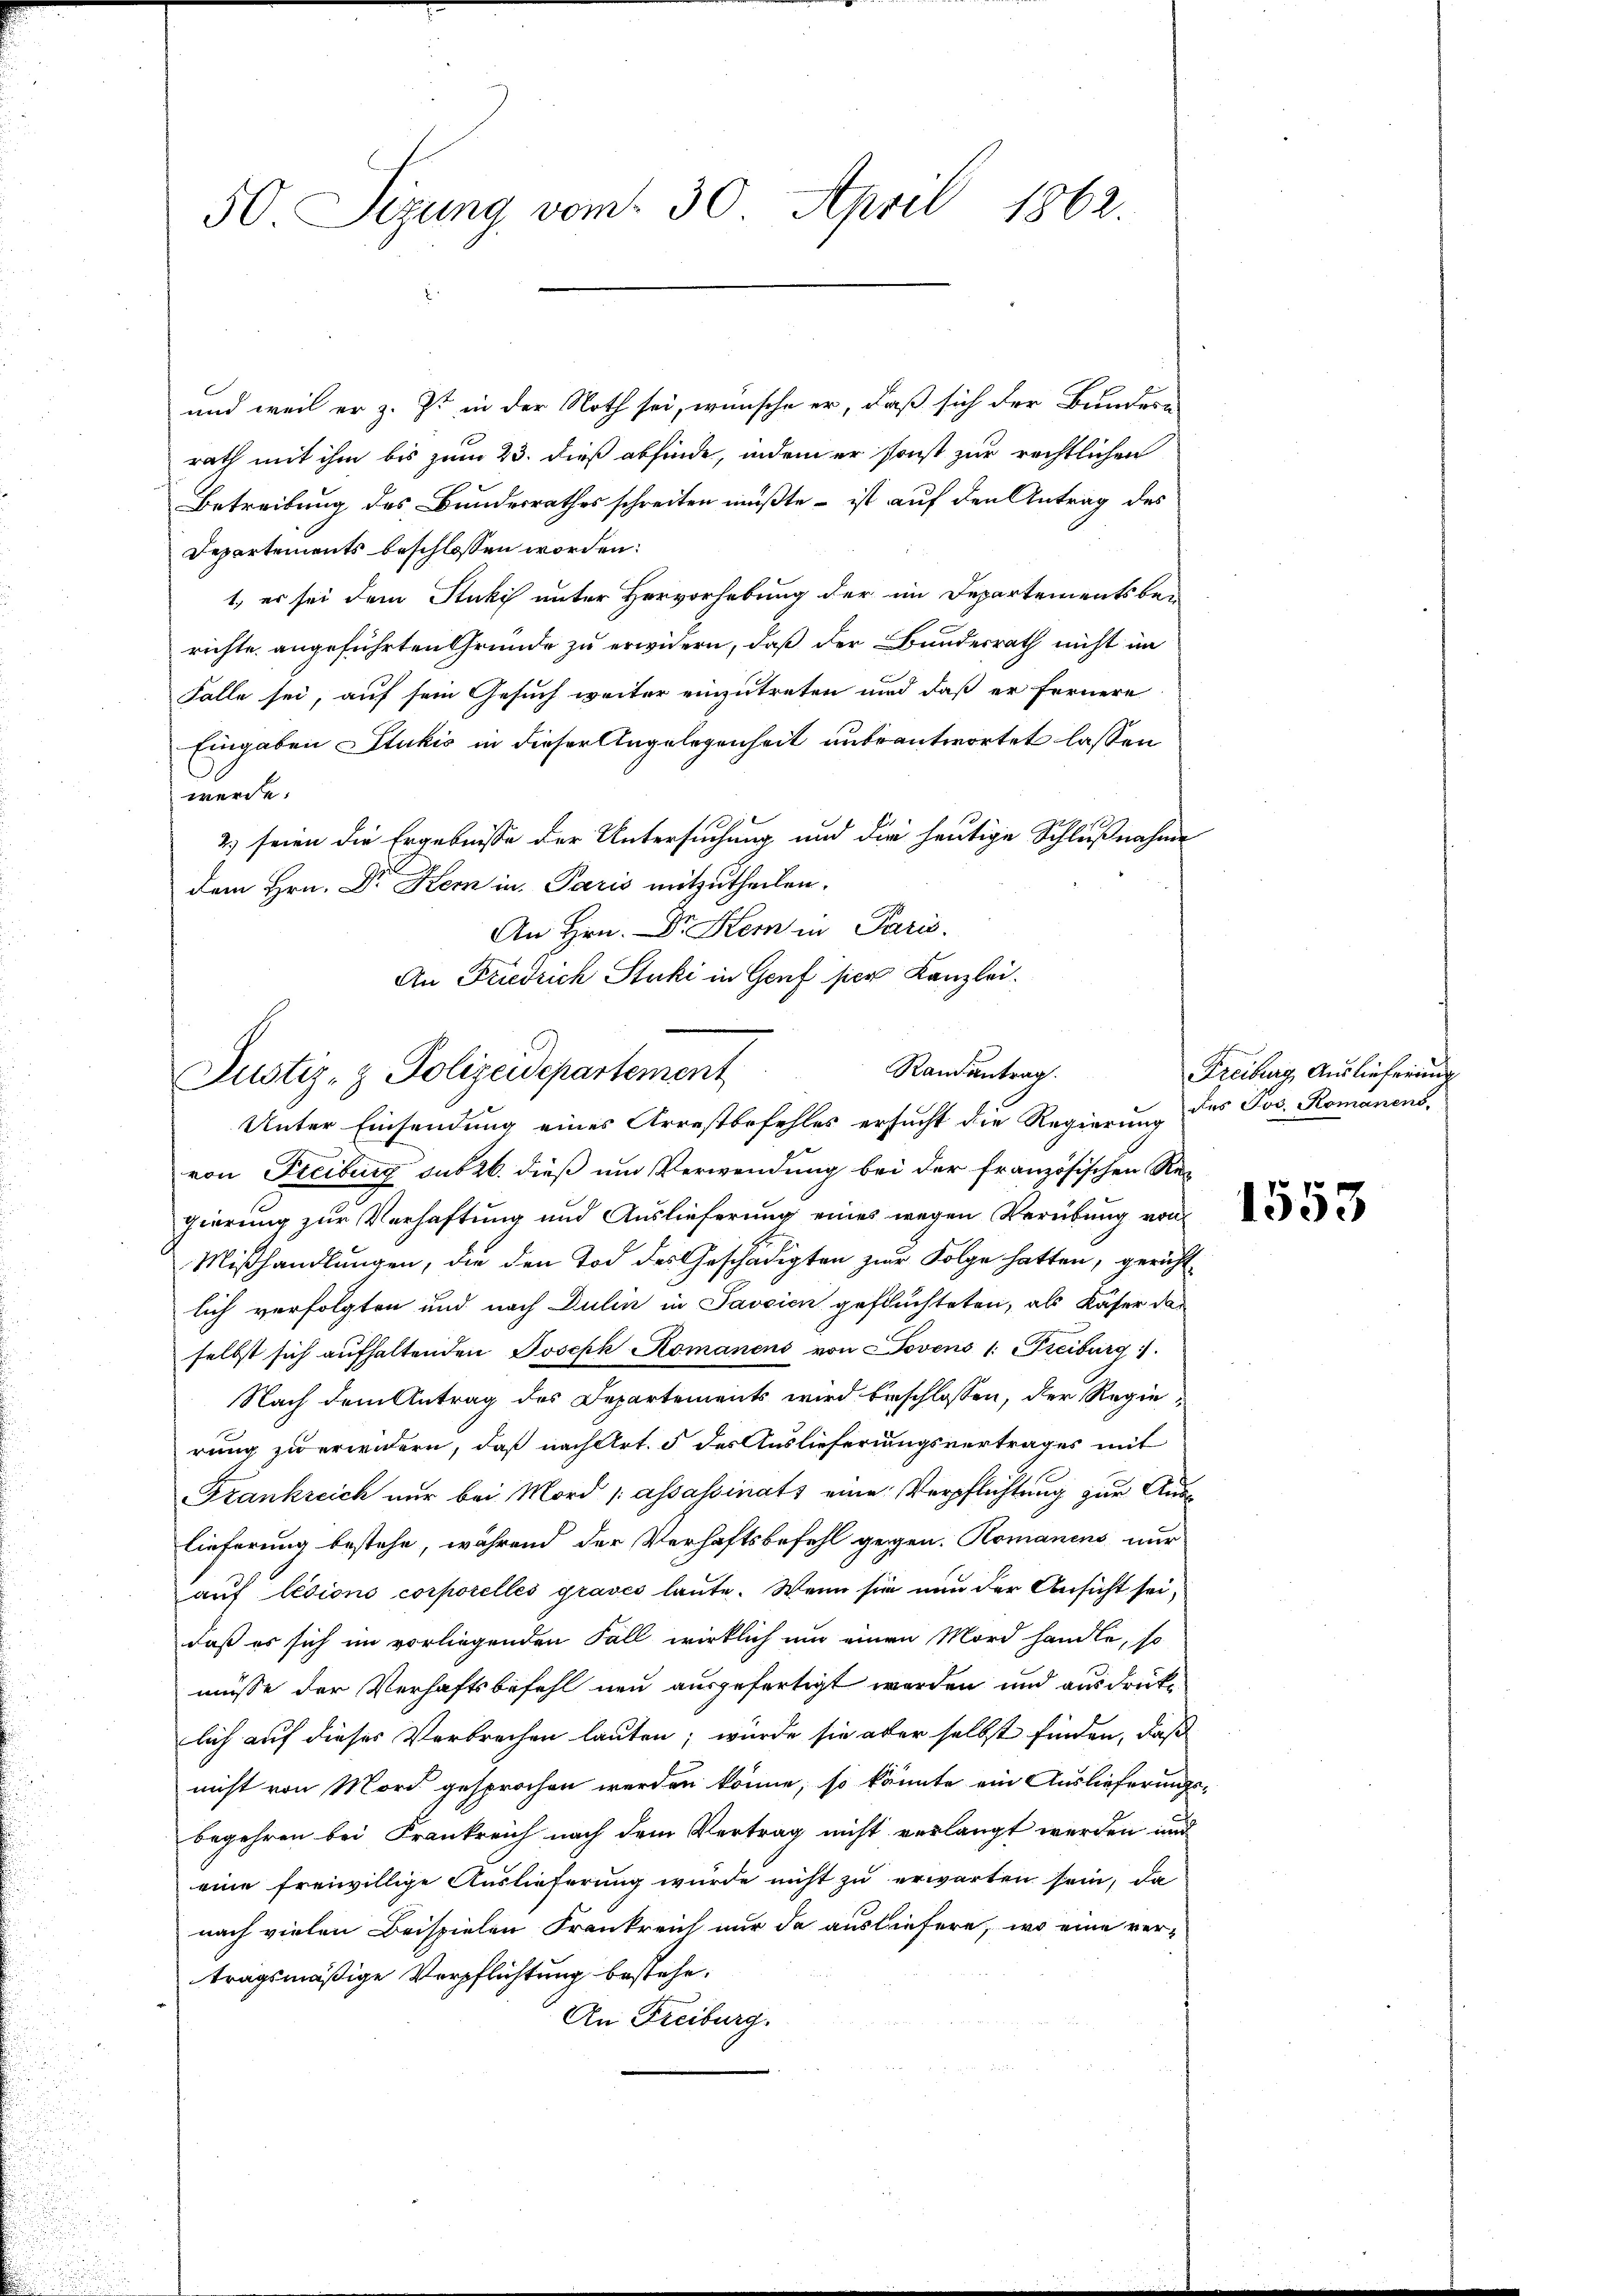
50 Sizung vom 30. April 1862

und weil er z. Zt. in der Noth sei, wünsche er, daß sich der Bundern
rath mit ihm bis zum 23. dieß abfinde, indem er sonst zur rechtlichen
Betreibung des Bundesrathes schreiten müßte – ist auf den Antrag des
Departements beschlossen worden.
1, er sei dem Stukis unter Hervorhebung der im Departementsbe-
richte angeführten Gründe zu erwidern, daß der Bundesrath nicht im
Falle sei, auf sein Gesuch weiter einzutreten und daß er fernere
Eingaben Stukić in dieser Angelegenheit unbeantwortet lassen
werde.
2) seien die Ergebnisse der Untersuchung und die heutige Schlußnahme
dem Hrn. Dr Kern in Paris mitzutheilen.
An Hrn. Dr. Kem in Paris.
An Friedrich Stuki in Genf sich Kanzlei.

Unter Einsendung eines Arrestbefehles ersucht die Regierung
von Freiburg sub 26. dieß um Verwendung bei der französischen Regierung zur Verhaftung und Auslieferung eines wegen Verübung von
Mißhandlungen, die den Tod des Geschädigten zur Folge hatten, gericht
lich verfolgten und nach Dulin in Savcien gefluchteten, als Käser daselbst sich aufhaltenden Joseph Komanens von Jovens 1. Freiburg.
Nach dem Antrag des Departements wird beschlossen, der Regierung zu erwidern, daß nach Art. 5 des Auslieferungsvertrages mit
Frankreich nur bei Mord passassinats eine Verpflichtung zur Auslieferung bestehe, während der Verhaftsbefehl gegen. Romanins nur
auf lésions corporelles graves laute. Wenn sie nun der Ansicht sei,
daß es sich im vorliegenden Fall wirklich um einen Mord handle, so
müsse der Verhaftsbefehl neu ausgefertigt worden und ausdrücklich auf dieser Verbrechen lauten; würde sie aber selbst finden, daß
nicht von Mord gesprochen werden könne, so könnte ein Auslieferungs-
begehren bei Frankreich nach dem Vertrag nicht verlangt werden und
eine freiwillige Auslieferung wurde nicht zu erwarten sein, da
nach vielen Beispielen Frankreich nur da ausliefern, wo eine vertragsmäßige Verpflichtung bestehe.
An Freiburg.

Randantrag.
Justiz- & Polizeidepartement

Freiburg, Auslieferung
des Jos. Romanens,

1553